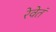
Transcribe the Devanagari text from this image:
रेवेतं